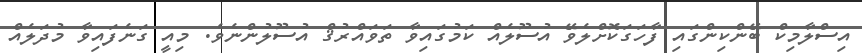
އިސްލާމިކް ބޭންކިންގައި ފާހަގަކޮށްލެވޭ އުސޫލެއް ކަމުގައިވާ ތަވައްރުޤް އުސޫލުންނެވެ. މިއީ ގަނެފައިވާ މުދަލެއް